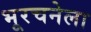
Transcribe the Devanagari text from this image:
भूरचनेला